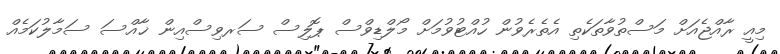
މިއީ ރާއްޖެއަށް މަސްތުވާތަކެތި އެތެރެވުން ހުއްޓުވުމަށް މޯލްޑިވްސް ޕޮލިސް ސަރވިސްއިން ޚާއްސަ ސަމާލުކަމެއް